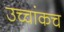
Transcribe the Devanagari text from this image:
उच्चांकच